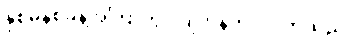
နှစ်မိနစ်ခန့်အကြာတွင် ဂျက်နက်ဝင်လာသည်။